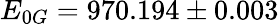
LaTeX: E_{0G}=970.194\pm 0.003